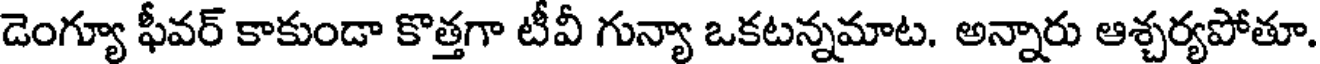
డెంగ్యూ ఫీవర్ కాకుండా కొత్తగా టీవీ గున్యా ఒకటన్నమాట. అన్నారు ఆశ్చర్యపోతూ